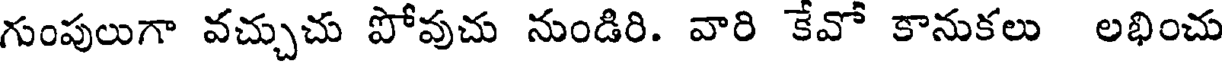
గుంపులుగా వచ్చుచు పోవుచు నుండిరి. వారి కేవో కానుకలు లభించు